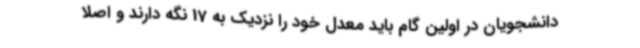
دانشجویان در اولین گام باید معدل خود را نزدیک به 17 نگه دارند و اصلا